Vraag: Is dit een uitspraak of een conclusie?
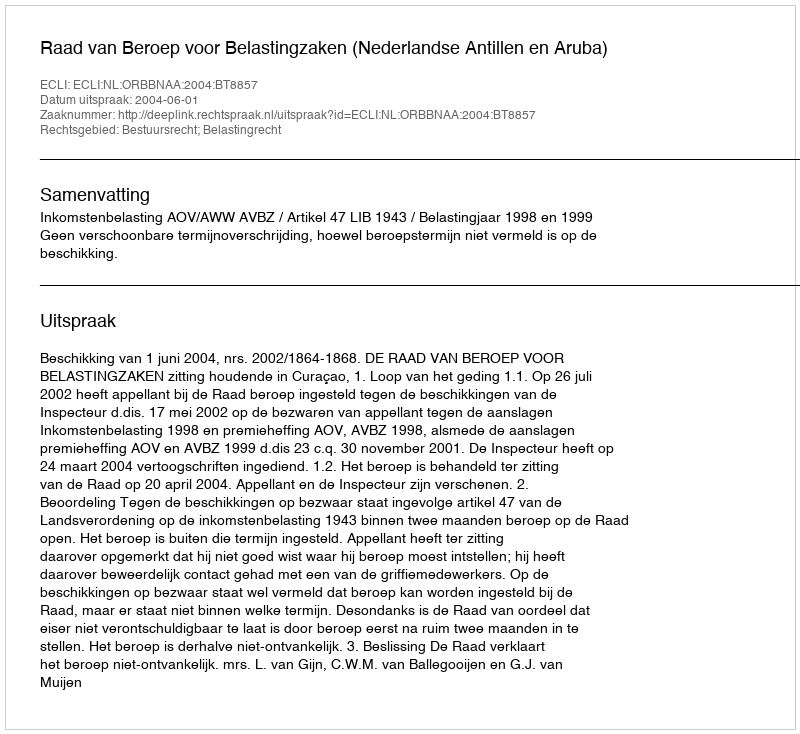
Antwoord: Uitspraak